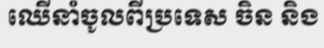
ឈើនាំចូលពីប្រទេស ចិន និង